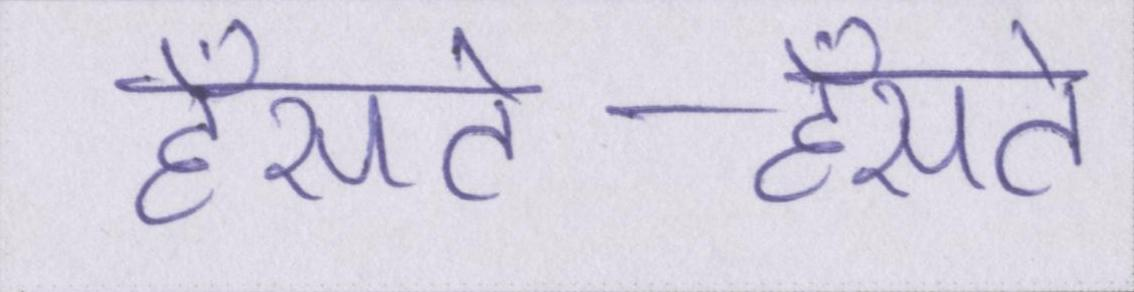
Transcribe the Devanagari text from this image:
हँसते-हँसते